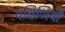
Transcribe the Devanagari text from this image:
यक्षिणियाँ